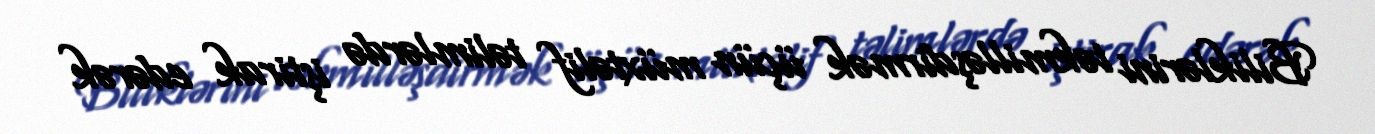
Biliklərini təkmilləşdirmək üçün müxtəlif təlimlərdə iştirak edərək